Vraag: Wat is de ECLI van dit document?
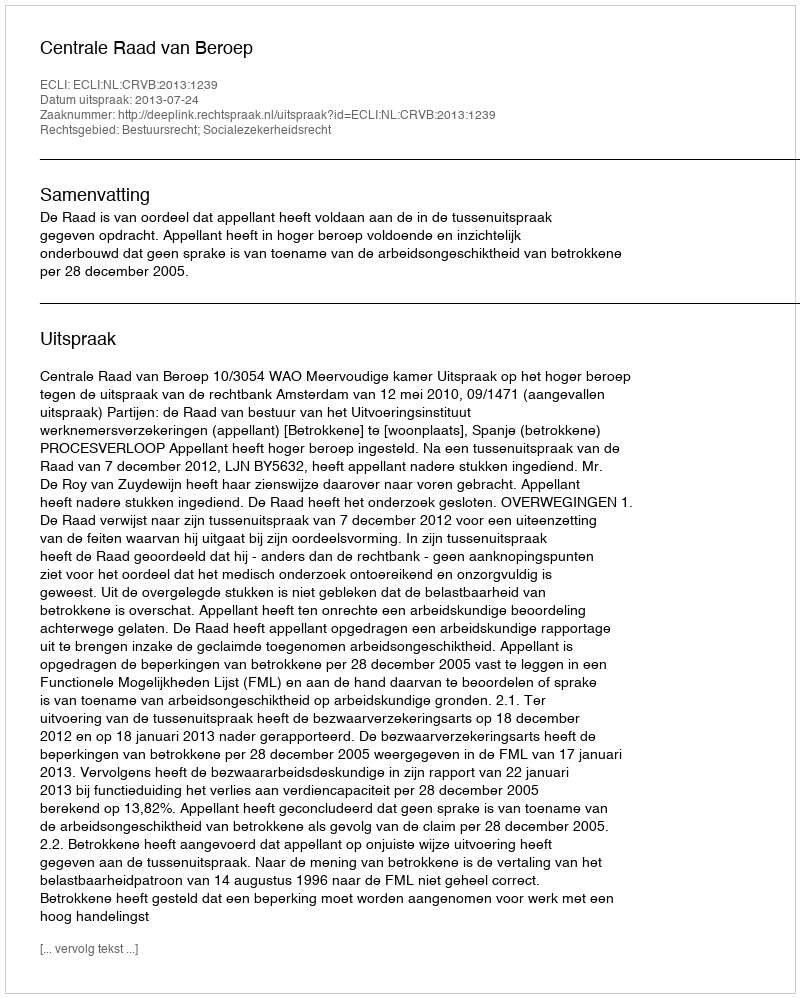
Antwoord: ECLI:NL:CRVB:2013:1239